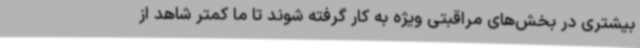
بیشتری در بخش‌های مراقبتی ویژه به کار گرفته شوند تا ما کمتر شاهد از